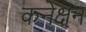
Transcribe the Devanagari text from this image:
कनेक्षन